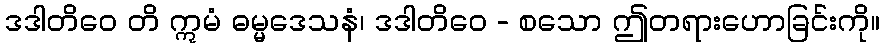
ဒဒါတိဝေ တိ ဣမံ ဓမ္မဒေသနံ၊ ဒဒါတိဝေ - စသော ဤတရားဟောခြင်းကို။